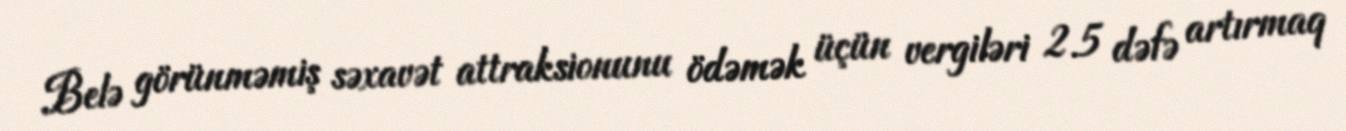
Belə görünməmiş səxavət attraksionunu ödəmək üçün vergiləri 2.5 dəfə artırmaq